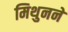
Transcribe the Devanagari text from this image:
मिथुनने